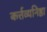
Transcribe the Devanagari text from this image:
कर्त्तव्यनिष्ठा